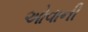
ઓવાની